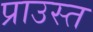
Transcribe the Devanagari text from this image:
प्राउस्त